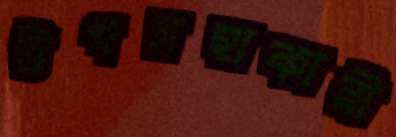
উপসহাকারী